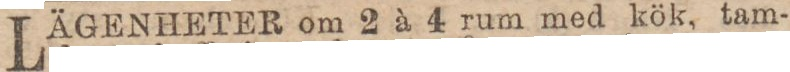
LÄGENHETER om 2 à 4 rum med kök, tam-